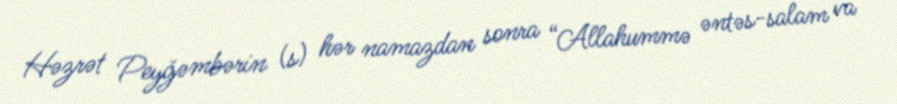
Həzrət Peyğəmbərin (s) hər namazdan sonra “Allahummə əntəs-salam va